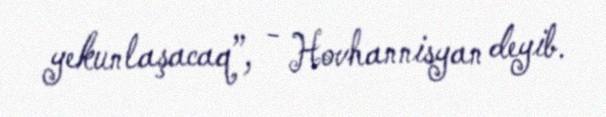
yekunlaşacaq”, - Hovhannisyan deyib.